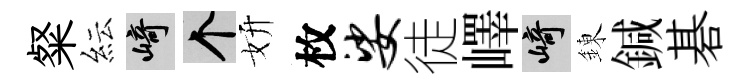
粲紜崎个妍枚娑徒嶧崎錬鍼碁